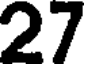
27